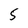
Character: 5